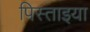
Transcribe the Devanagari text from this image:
पिस्ताइया